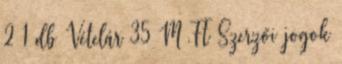
2 1 db Vételár 35 M Ft Szerzői jogok